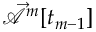
\mathcal { \vec { A } } ^ { m } [ t _ { m - 1 } ]